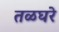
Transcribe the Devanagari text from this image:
तळघरे